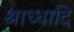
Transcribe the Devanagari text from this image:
श्राध्धादि